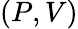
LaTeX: (P,V)